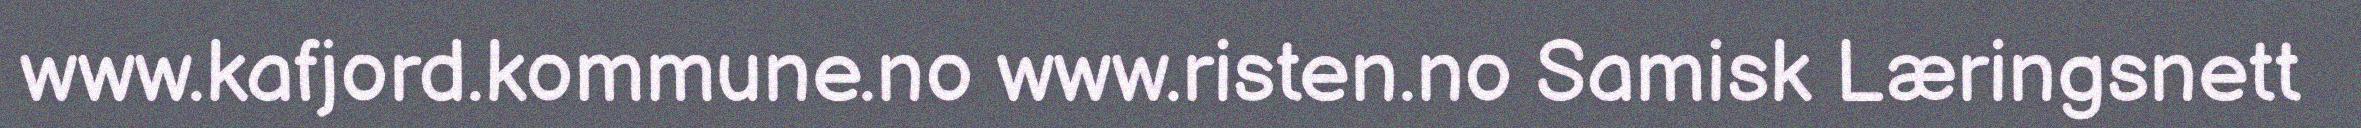
www.kafjord.kommune.no www.risten.no Samisk Læringsnett